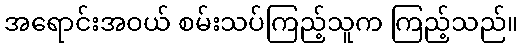
အရောင်းအဝယ် စမ်းသပ်ကြည့်သူက ကြည့်သည်။